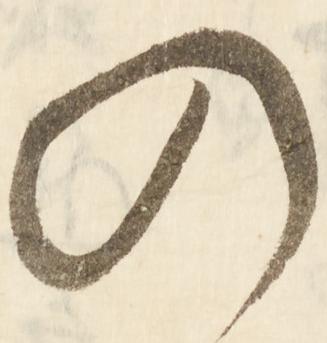
の